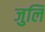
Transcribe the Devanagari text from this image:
जुलि